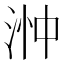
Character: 浺